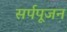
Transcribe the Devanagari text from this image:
सर्पपूजन